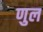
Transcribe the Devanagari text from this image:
णुल